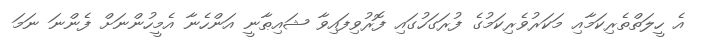
އެ ހީލަތްތެރިކަމާއި މަކަރުވެރިކަމުގެ ފުރަގަހުގައި ފޮރުވިފައިވާ ޝައިޠާނީ އަންހެނާ އެމީހުންނަށް ފެންނަ ނަމަ